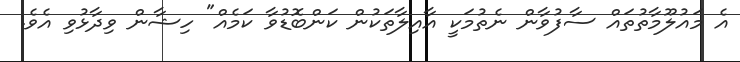
އެ މައުލޫމާތުތައް ސާފުވާން ނެތުމަކީ އާއިލާތަކުން ކަންބޮޑުވާ ކަމެއް" ހިޝާން ވިދާޅުވި އެވެ.